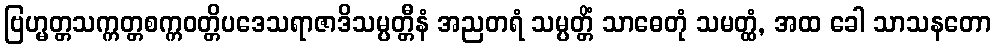
ဗြဟ္မတ္တသက္ကတ္တစက္ကဝတ္တိပဒေသရာဇာဒိသမ္ပတ္တီနံ အညတရံ သမ္ပတ္တိံ သာဓေတုံ သမတ္ထံ, အထ ခေါ သာသနတော